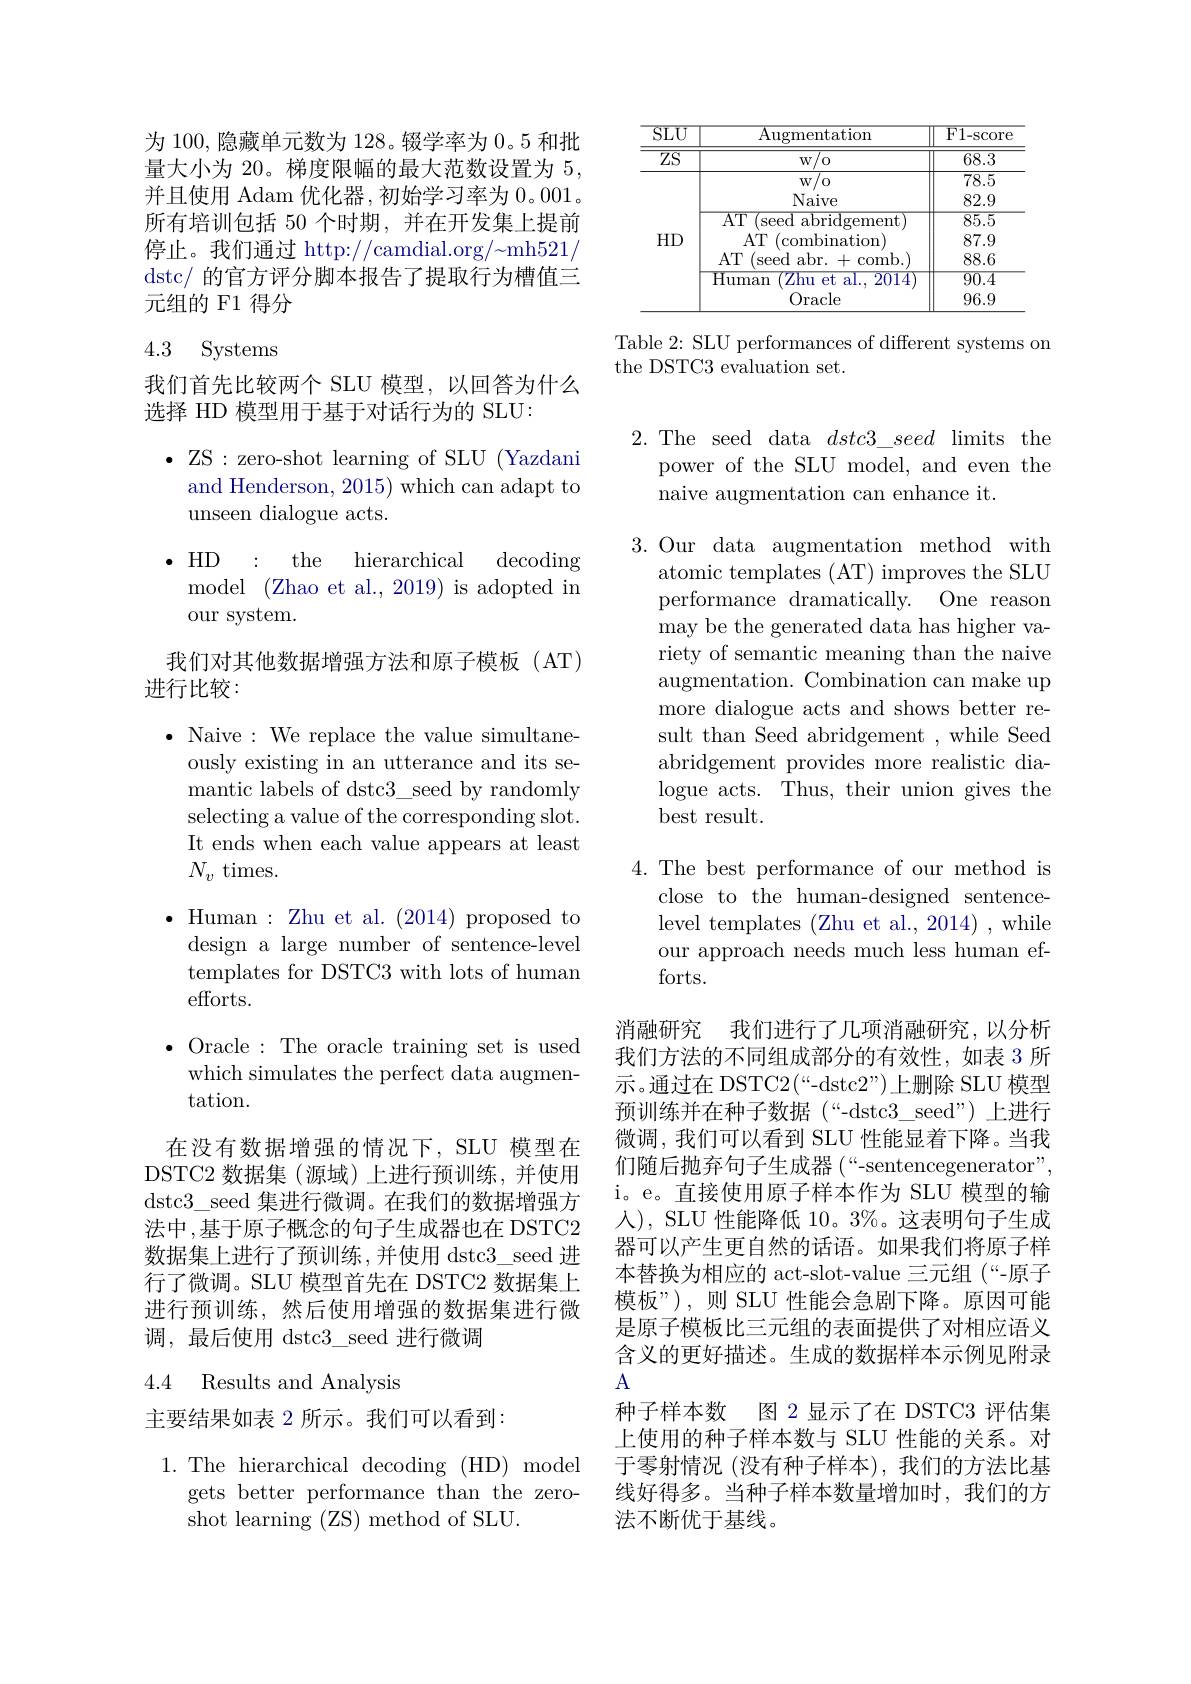
为 100, 隐藏单元数为 128。辍学率为0。5 和批量大小为 20。梯度限幅的最大范数设置为 5, 并且使用 Adam 优化器 ,初始学习率为 0。001。所有培训包括 50 个时期，并在开发集上提前停止。我们通过 http://camdial.org/~mh521/ dstc/ 的官方评分脚本报告了提取行为槽值三元组的 F1 得分

### 4.3 Systems

我们首先比较两个 SLU 模型，以回答为什么
选择 HD 模型用于基于对话行为的 SLU:

$\bullet$ ZS:zero-shot learning of SLU (Yazdani

and Henderson, 2015) which can adapt to

unseen dialogue acts.

$\cdot$HD : the

decoding

hierarchical

model (Zhao et al., 2019) is adopted in

our system.

我们对其他数据增强方法和原子模板(AT)
### 进行比较：

$\bullet$ Naive: We replace the value simultane-

ously existing in an utterance and its se-

mantic labels of dstc3\_seed by randomly

selecting a value of the corresponding slot.

It ends when each value appears at least

$N_v$ times.

$\bullet$ Human: Zhu et al. (2014) proposed to design a large number of sentence-level templates for DSTC3 with lots of human efforts.

$\bullet$ Oracle:The oracle training set is used which simulates the perfect data augmentation.

在没有数据增强的情况下，SLU 模型在DSTC2 数据集(源域)上进行预训练，并使用dstc3\_seed 集进行微调。在我们的数据增强方法中 ,基于原子概念的句子生成器也在 DSTC2数据集上进行了预训练，并使用 dstc3\_seed 进行了微调。SLU 模型首先在 DSTC2 数据集上进行预训练，然后使用增强的数据集进行微调，最后使用 dstc3\_seed 进行微调

### 4.4 Results and Analysis

主要结果如表 2 所示。我们可以看到：

1.The hierarchical decoding (HD) model
gets better performance than the zero-
shot learning (ZS) method of SLU.

<table>
	<tbody>
		<tr>
			<th>$\overline{\mathrm{SLU}}$</th>
			<th>$\overline{{\mathrm{Augmentation}}}$</th>
			<th>${\overline{{\mathrm{F}}}1-{\mathrm{score}}}$</th>
		</tr>
		<tr>
			<td>$\overline{ZS}$</td>
			<td>w/ o</td>
			<td>68.3</td>
		</tr>
		<tr>
			<td> </td>
			<td>${\overline{\mathrm{w/o}}}$ Naive</td>
			<td>78.5 82.9</td>
		</tr>
	</tbody>
</table>

Table 2: SLU performances of different systems on
the DSTC3 evaluation set.

2.The seed data $dstc3\_seed$ limits the
power of the SLU model, and even the
naive augmentation can enhance it.

3.Our data augmentation method with
atomic templates (AT) improves the SLU performance dramatically. One reason may be the generated data has higher variety of semantic meaning than the naive augmentation. Combination can make up more dialogue acts and shows better result than Seed abridgement , while Seed abridgement provides more realistic dialogue acts. Thus, their union gives the best result.

4. The best performance of our method is
close to the human-designed sentencelevel templates (Zhu et al., 2014) , while our approach needs much less human efforts.

消融研究 我们进行了几项消融研究，以分析

我们方法的不同组成部分的有效性，如表 3 所示。通过在 DSTC2(“-dstc2”)上删除 SLU 模型预训练并在种子数据(“-dstc3$\_seed”)上进行$ 微调，我们可以看到 SLU 性能显着下降。当我们随后抛弃句子生成器 (“-sentencegenerator”, i。e。直接使用原子样本作为 SLU 模型的输人), SLU 性能降低 10。3%。这表明句子生成器可以产生更自然的话语。如果我们将原子样本替换为相应的 act-slot-value 三元组(“-原子模板”),则 SLU 性能会急剧下降。原因可能是原子模板比三元组的表面提供了对相应语义含义的更好描述。生成的数据样本示例见附录A
种子样本数 图 2显示了在 DSTC3 评估集上使用的种子样本数与 SLU 性能的关系。对于零射情况(没有种子样本),我们的方法比基线好得多。当种子样本数量增加时，我们的方法不断优于基线。